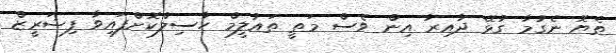
ތެޔޮ ނެގުމާ ގުޅޭ ދާއިރާ އިން ވެސް މަތީ ތައުލީމް ހާސިލްކޮށްފައިވާ ފިޝަރީޒް